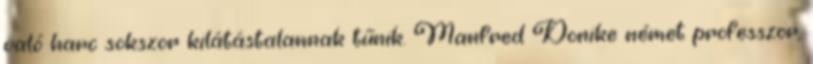
való harc sokszor kilátástalannak tűnik. Manfred Donike német professzor,